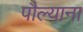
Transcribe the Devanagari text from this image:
पौल्याना